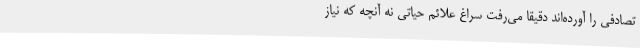
تصادفی را آورده‌اند دقیقاً می‌رفت سراغ علائم حیاتی نه آنچه که نیاز